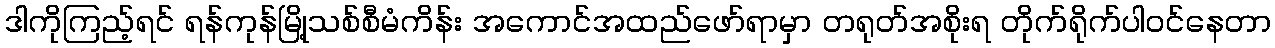
ဒါကိုကြည့်ရင် ရန်ကုန်မြို့သစ်စီမံကိန်း အကောင်အထည်ဖော်ရာမှာ တရုတ်အစိုးရ တိုက်ရိုက်ပါဝင်နေတာ